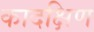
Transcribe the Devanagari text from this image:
कादक्षिण